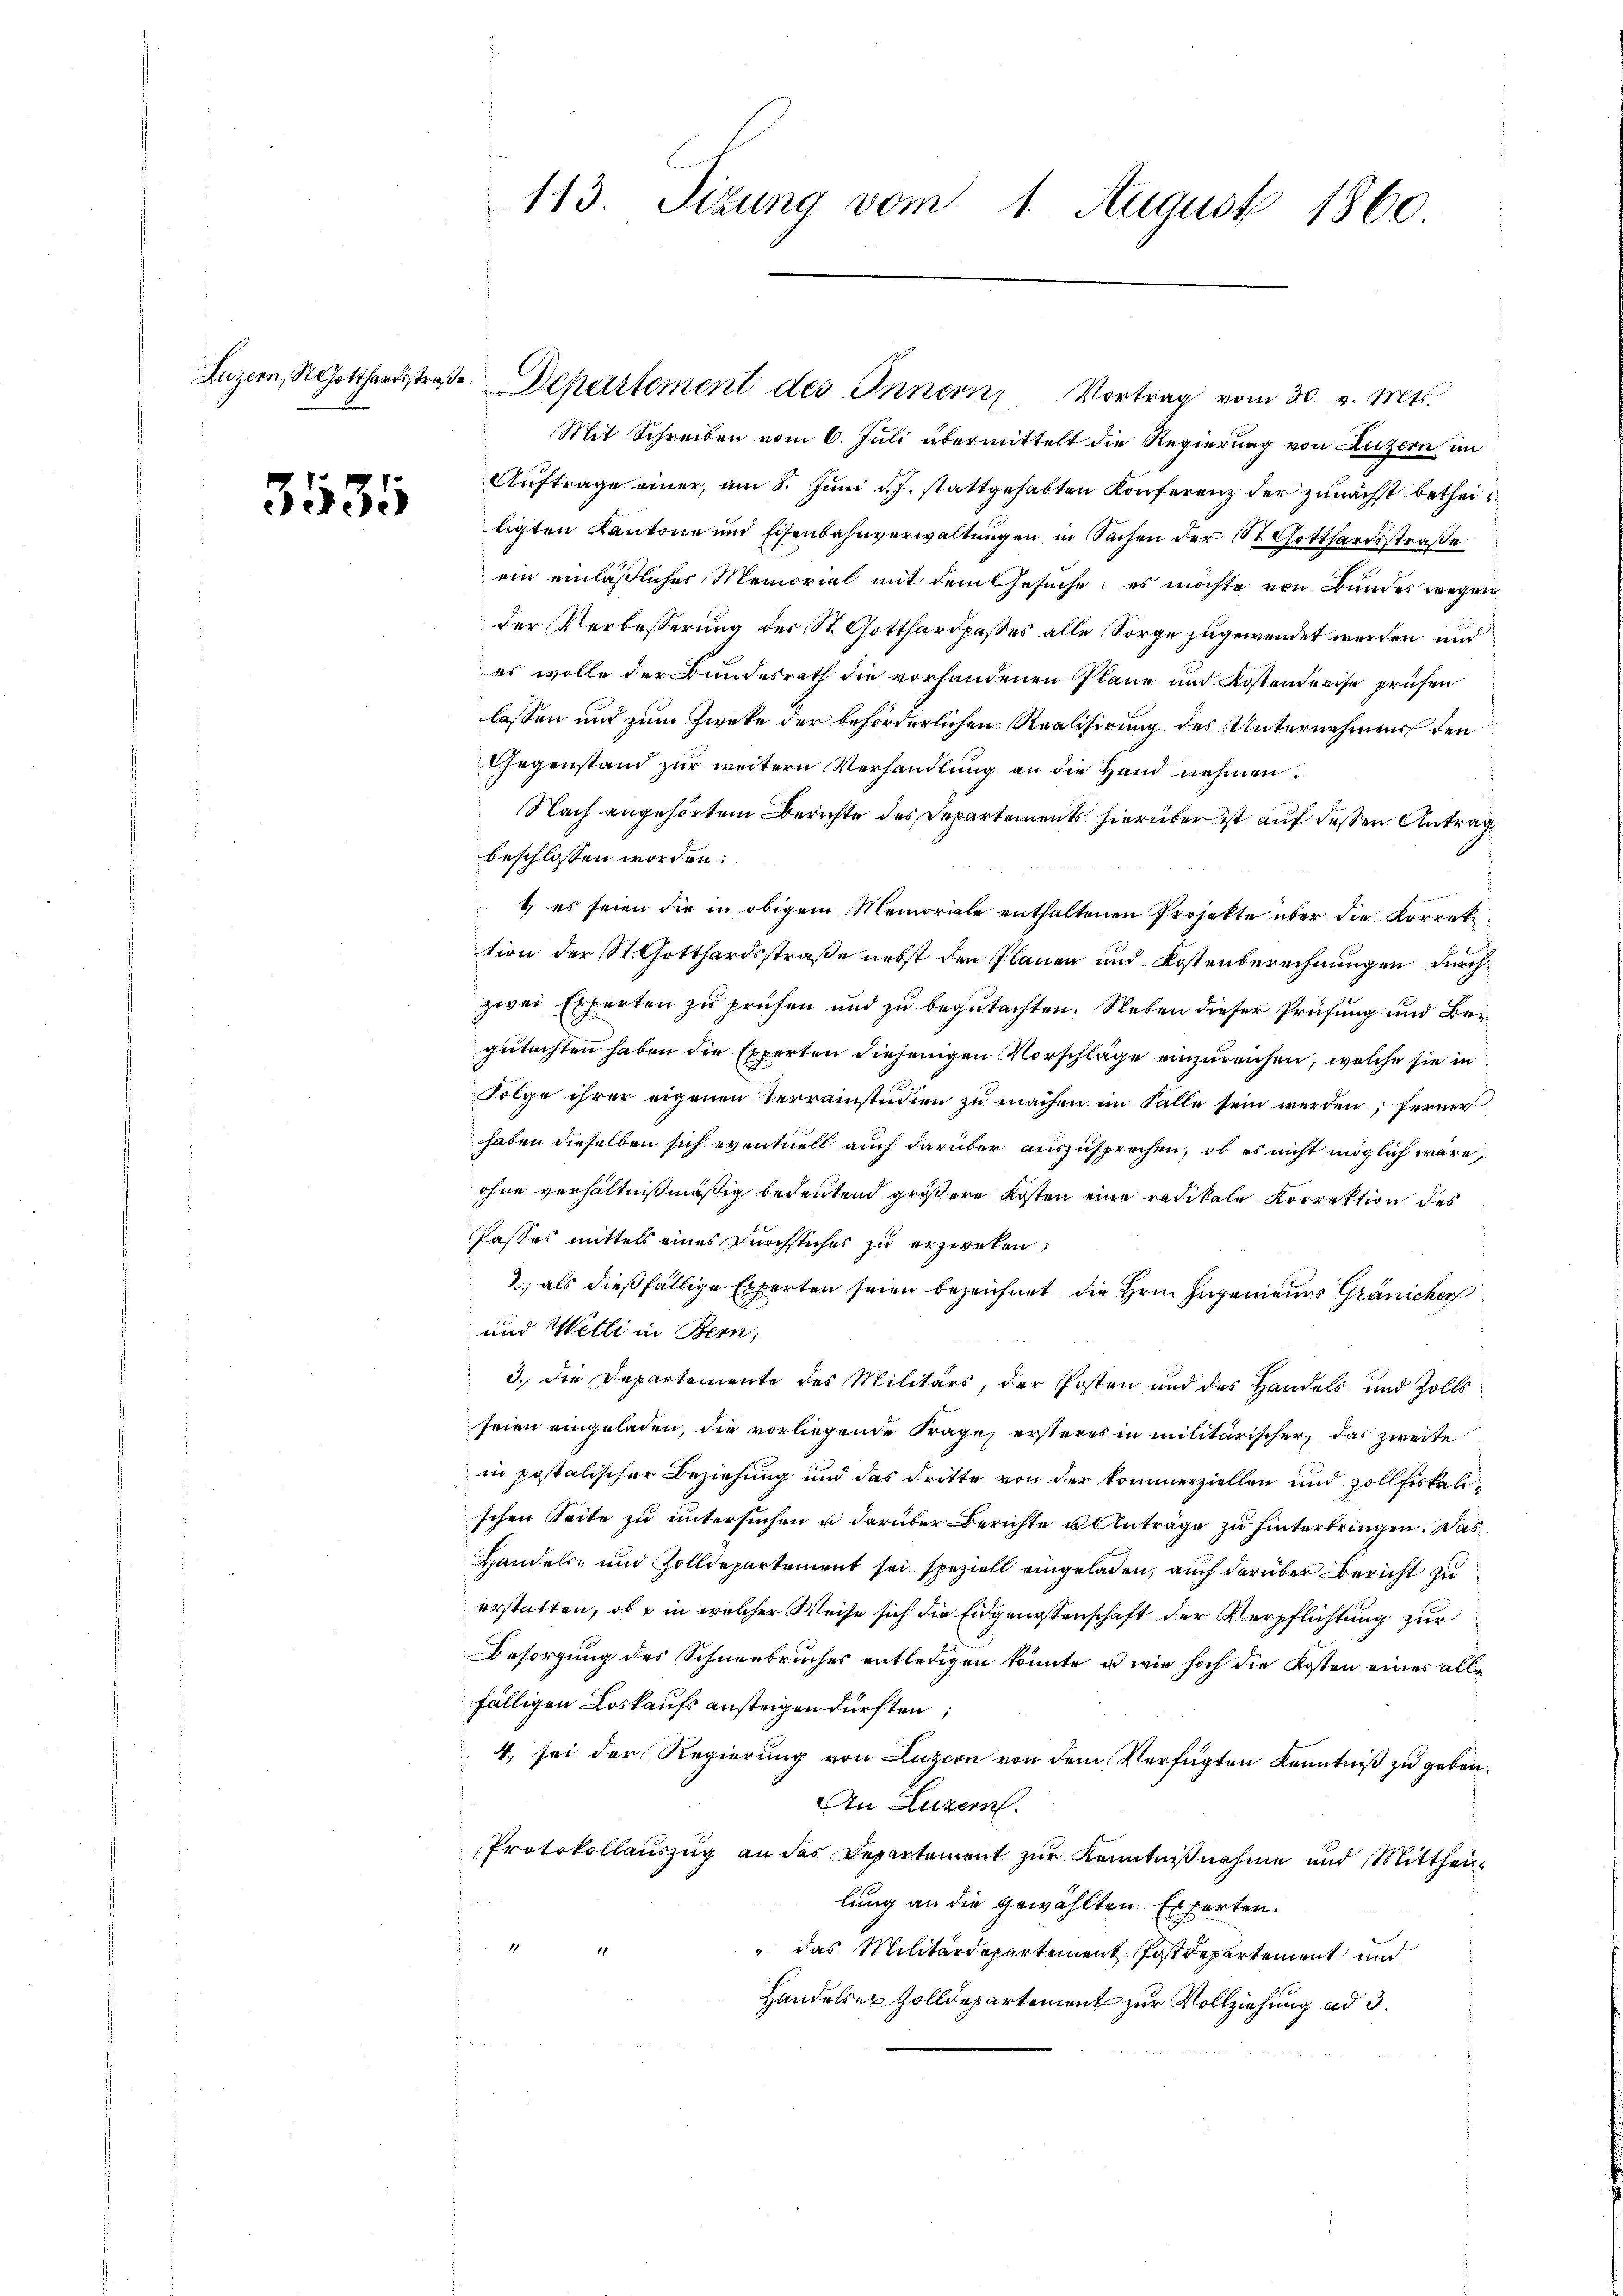
3535

Mit Schreiben vom 6. Juli übermittelt die Regierung von Luzern im
Auftrage einer, am 8. Juni d. J. stattgehabten Konferenz der zunächst betheiligten Kantone und Eisenbahnverwaltungen in Sachen der St. Gotthardsstraße
ein einläßlicher Memorial mit dem Gesuche: es möchte von Bundes wegen
der Verbesserung der St. Gotthardpasses alle Sorge zugewendet werden und
es wolle der Bundesrath die vorhandenen Pläne und Kostendreise prüfen
lassen und zum Zwecke der beförderlichen Realisirung des Unternehmens den
Gegenstand zur weitern Verhandlung an die Hand nehmen.
Nach angehörtem Berichte des Departements hierüber ist auf dessen Antrag
beschlossen worden:
1) es seien die in obigem Memoriale enthaltenen Projekte über die Korrektion der St. Gotthardsstraße nebst den Plänen und Kostenberechnungen durchzwei Erferten zu prüfen und zu begutachten. Neben dieser Prüfung und Bergutachten haben die Experten diejenigen Vorschläge einzureichen, welche sie in
Folge ihrer eigenen Terrainstudien zu machen im Falle sein werden; ferner
haben dieselben sich eventuell auch darüber auszusprechen, ob es nicht möglich wäre,
ohne verhältnißmäßig bedeutend größere Kosten eine radikale Korrektion des
Passes mittels eines Durchstiches zu erzweken,
2; als dießfällige Experten seien bezeichnet, die Hrn. Ingenieurs Gränicher
und Wetti in Bern,
3.) Die Departemente des Militärs, der Posten und des Handels und Zolls
seien eingeladen, die vorliegende Frage ersteres in militärischer, das zweite
in postalischer Beziehung und das dritte von der kommerziellen und Zollfiskalischen Seite zu untersuchen u darüber Berichte u Anträge zu hinterbringen. Das
Handels- und Zolldepartement sei speziell eingeladen, auch darüber Bericht zu
erstatten, ob u in welcher Weise sich die Eidgenossenschaft der Verpflichtung zur
Besorgung des Schneebruches entledigen könnte, u wie hoch die Kosten eines allfälligen Loskaufs ansteigen dürften;
4. sei der Regierung von Luzern von dem Verfügten Kenntniß zu geben.
An Luzern.
Protokollauszug an das Departement zur Kenntnißnahme und Mittheillung an die gewählten Experten.
1
" das Militärdepartement Postdepartement und
Handelser Zolldepartement zur Vollziehung ad 3.

113. Sizung vom 1. August 1860

Luzern, St. Gotthardstraβe. Departement des Innern Vortrag vom 30. v. Mts.